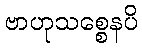
ဗာဟုသစ္စေနပိ